Annual administration report of the Civil Veterinary Department of India - 1895-1896
Year: 1895
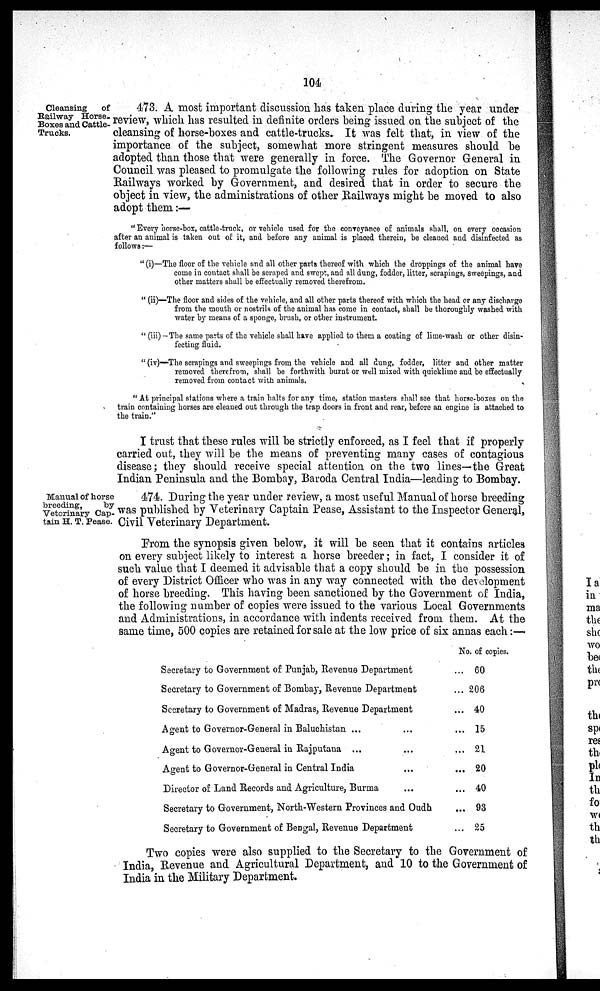
104
Cleansing
of
Railway Horse-
Boxes and Cattle-
Trucks.
473. A most important discussion has taken place during the year under
review, which has resulted in definite orders being issued on the subject of the
cleansing of horse-boxes and cattle-trucks. It was felt that, in view of the
importance of the subject, somewhat more stringent measures should be
adopted than those that were generally in force. The Governor General in
Council was pleased to promulgate the following rules for adoption on State
Railways worked by Government, and desired that in order to secure the
object in view, the administrations of other Railways might be moved to also
adopt them:—
"Every horse-box, cattle-truck, or vehicle used for the conveyance of animals shall, on every occasion
after an animal is taken out of it, and before any animal is placed therein, be cleaned and disinfected as
follows:—
"(i)—The floor of the vehicle and all other parts thereof with which the droppings of the animal have
come in contact shall be scraped and swept, and all dung, fodder, litter, scrapings, sweepings, and
other matters shall be effectually removed therefrom.
" (ii)—The floor and sides of the vehicle, and all other parts thereof with which the head or any discharge
from the mouth or nostrils of the animal has come in contact, shall be thoroughly washed with
water by means of a sponge, brush, or other instrument.
"(iii) —The same parts of the vehicle shall have applied to them a coating of lime-wash or other disin-
fecting fluid.
"(iv)—-The scrapings and sweepings from the vehicle and all dung, fodder, litter and other matter
removed therefrom, shall be forthwith burnt or well mixed with quicklime and be effectually
removed from contact with animals.
"At principal stations where a train halts for any time, station masters shall see that horse-boxes on the
train containing horses are cleaned out through the trap doors in front and rear, before an engine is attached to
the train."
I trust that these rules will be strictly enforced, as I feel that if properly
carried out, they will be the means of preventing many cases of contagious
disease; they should receive special attention on the two lines—the Great
Indian Peninsula and the Bombay, Baroda Central India—leading to Bombay.
Manual of horse
breeding,
by
Veterinary Cap-
tain H. T. Pease.
474. During the year under review, a most useful Manual of horse breeding
was published by Veterinary Captain Pease, Assistant to the Inspector General,
Civil Veterinary Department.
From the synopsis given below, it will be seen that it contains articles
on every subject likely to interest a horse breeder; in fact, I consider it of
such value that I deemed it advisable that a copy should be in the possession
of every District Officer who was in any way connected with the development
of horse breeding. This having been sanctioned by the Government of India,
the following number of copies were issued to the various Local Governments
and Administrations, in accordance with indents received from them. At the
same time, 500 copies are retained for sale at the low price of six annas each : —
Secretary to Government of Punjab, Revenue Department
Secretary to Government of Bombay, Revenue Department
Secretary to Government of Madras, Revenue Department
Agent to Governor-General in Baluchistan ... ...
Agent to Governor-General in Rajputana ... ...
Agent to Governor-General in Central India ...
Director of Land Records and Agriculture, Burma ...
Secretary to Government, North-Western Provinces and Oudh
Secretary to Government of Bengal, Revenue Department
No. of copies.
... 60
... 206
... 40
... 15
... 21
... 20
... 40
... 93
... 25
Two copies were also supplied to the Secretary to the Government of
India, Revenue and Agricultural Department, and 10 to the Government of
India in the Military Department.